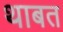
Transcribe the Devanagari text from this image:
थाबत